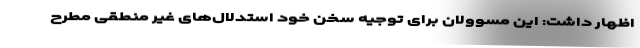
اظهار داشت: این مسوولان برای توجیه سخن خود استدلال‌های غیر منطقی مطرح